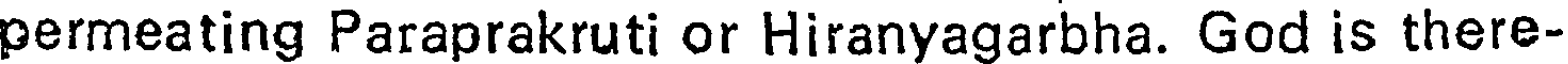
permeating Paraprakruti or Hiranyagarbha. God is there-